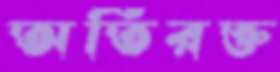
অতিরক্ত